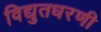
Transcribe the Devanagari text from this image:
विद्युतधरणी